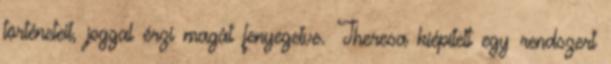
történeteit, joggal érzi magát fenyegetve. Theresa kiépített egy rendszert